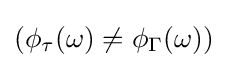
\left(\phi _{\tau }(\omega )\neq \phi _{\Gamma }(\omega )\right)